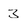
Character: 3